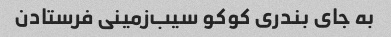
به جای بندری کوکو سیب‌زمینی فرستادن